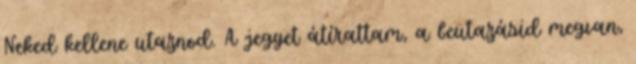
Neked kellene utaznod. A jegyet átírattam, a beutazásid megvan,